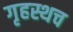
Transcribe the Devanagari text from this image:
गृहस्थच